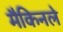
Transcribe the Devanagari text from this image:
मैकिनले